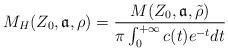
LaTeX: \begin{align*}M_H(Z_0,\mathfrak{a},\rho)=\frac{M(Z_0,\mathfrak{a},\tilde\rho)}{\pi\int_{0}^{+\infty}c(t)e^{-t}dt}\end{align*}